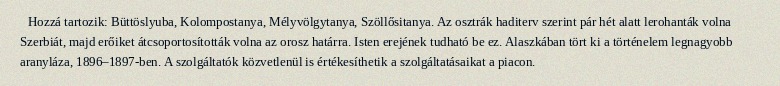
Hozzá tartozik: Büttöslyuba, Kolompostanya, Mélyvölgytanya, Szöllősitanya. Az osztrák haditerv szerint pár hét alatt lerohanták volna Szerbiát, majd erőiket átcsoportosították volna az orosz határra. Isten erejének tudható be ez. Alaszkában tört ki a történelem legnagyobb aranyláza, 1896–1897-ben. A szolgáltatók közvetlenül is értékesíthetik a szolgáltatásaikat a piacon.